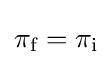
\pi _{\text{f}}=\pi _{\text{i}}